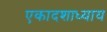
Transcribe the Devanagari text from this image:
एकादशाध्याय